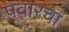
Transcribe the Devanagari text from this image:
पवारचा